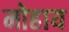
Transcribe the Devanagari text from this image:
मोहाय